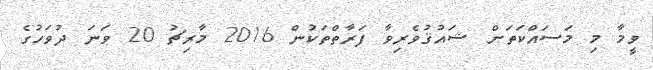
ވީމާ މި މަސައްކަތަށް ޝައުޤުވެރިވާ ފަރާތްތަކުން 2016 މާރިޗު 20 ވަނަ ދުވަހުގެ